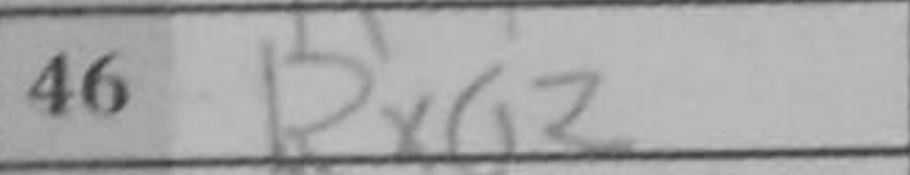
Transcription: Rxa2